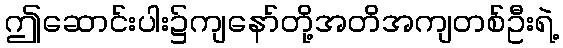
ဤဆောင်းပါး၌ကျနော်တို့အတိအကျတစ်ဦးရဲ့